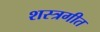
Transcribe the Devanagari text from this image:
शस्त्रगीत